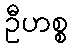
ဦဟစ္စ